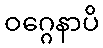
ဝဂ္ဂေနာပိ